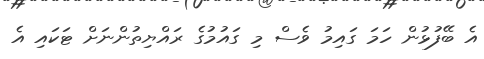
އެ ބޭފުޅުން ހަމަ ގައިމު ވެސް މި ގައުމުގެ ރައްޔިތުންނަށް ޓަކައި އެ